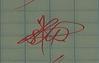
Signature authenticity: genuine